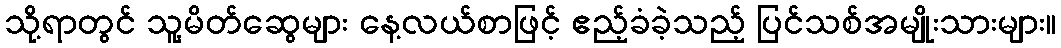
သို့ရာတွင် သူ့မိတ်ဆွေများ နေ့လယ်စာဖြင့် ဧည့်ခံခဲ့သည့် ပြင်သစ်အမျိုးသားများ။